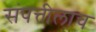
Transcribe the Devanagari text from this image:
संपत्तीलाच